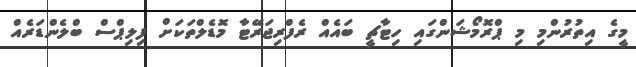
މީގެ އިތުރުންމި މި ޕްރޮމޯޝަންގައި ހިޓާޗީ ބައެއް ރެފްރިޖަރޭޓާ މޮޑެލްތަކަށް ފިލިޕްސް ބްލެންޑަރެއް